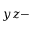
y z -